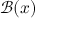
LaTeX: { \mathcal { B } } ( x )